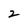
Character: 2